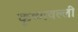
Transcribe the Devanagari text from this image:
कृष्णवल्ली